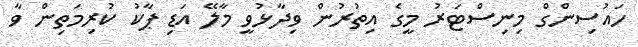
ހައުސިންގް މިނިސްޓަރު މީގެ އިތުރުން ވިދާޅުވީ މާލޭ އަޑި ޕާކު ކުރިމަތިން ވާ